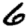
Digit: 6